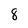
Character: 8